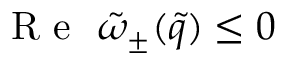
\mathrm { ~ R ~ e ~ } ~ \tilde { \omega } _ { \pm } ( \tilde { q } ) \leq 0